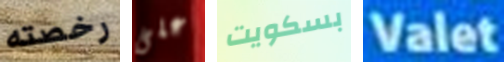
رخصته على بسكويت Valet